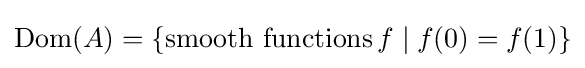
\operatorname {Dom} (A)=\{{\text{smooth functions}}\,f\mid f(0)=f(1)\}